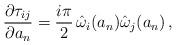
LaTeX: \begin{align*}{\partial \tau_{ij} \over \partial a_n} = { i \pi \over 2 } \,\hat\omega_i(a_n) \hat\omega_j(a_n) \, , \end{align*}